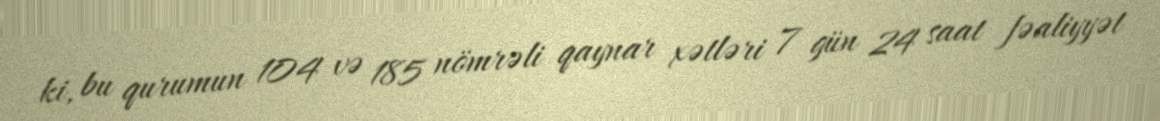
ki, bu qurumun 104 və 185 nömrəli qaynar xətləri 7 gün 24 saat fəaliyyət